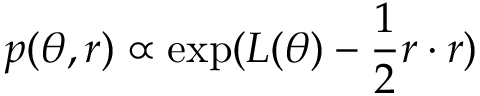
p ( \theta , r ) \propto \exp ( L ( \theta ) - \frac { 1 } { 2 } r \cdot r )